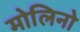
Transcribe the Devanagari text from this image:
मोलिनो